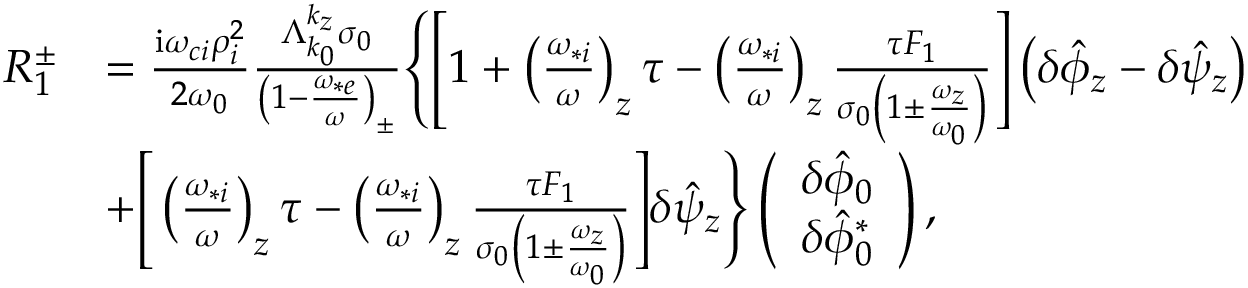
\begin{array} { r l } { R _ { 1 } ^ { \pm } } & { = \frac { \mathrm { i } \omega _ { c i } \rho _ { i } ^ { 2 } } { 2 \omega _ { 0 } } \frac { \Lambda _ { k _ { 0 } } ^ { k _ { z } } \sigma _ { 0 } } { \left( 1 - \frac { \omega _ { * e } } { \omega } \right) _ { \pm } } \Bigg \{ \Bigg [ 1 + \left( \frac { \omega _ { * i } } { \omega } \right) _ { z } \tau - \left( \frac { \omega _ { * i } } { \omega } \right) _ { z } \frac { \tau F _ { 1 } } { \sigma _ { 0 } \left( 1 \pm \frac { \omega _ { z } } { \omega _ { 0 } } \right) } \Bigg ] \left( \delta \hat { \phi } _ { z } - \delta \hat { \psi } _ { z } \right) } \\ & { + \Bigg [ \left( \frac { \omega _ { * i } } { \omega } \right) _ { z } \tau - \left( \frac { \omega _ { * i } } { \omega } \right) _ { z } \frac { \tau F _ { 1 } } { \sigma _ { 0 } \left( 1 \pm \frac { \omega _ { z } } { \omega _ { 0 } } \right) } \Bigg ] \delta \hat { \psi } _ { z } \Bigg \} \left( \begin{array} { c } { \delta \hat { \phi } _ { 0 } } \\ { \delta \hat { \phi } _ { 0 } ^ { * } } \end{array} \right) , } \end{array}